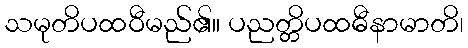
သမုတိပထဝီမည်၏။ ပညတ္တိပထဓီနာမာတိ၊